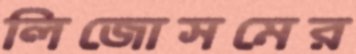
লিজোসমের